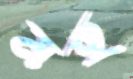
মহ